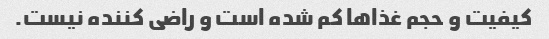
کیفیت و حجم غذا‌ها کم شده است و راضی کننده نیست.